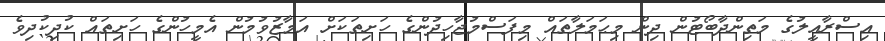
އިސްރާއީލުގެ މަތިންދާބޯޓުން ދިން މިޙަމަލާތައް މިފަސްމުޖާހިދުންގެ ހަށިތަކަށް އަމާޒުވުމުން އެމީހުންގެ ހަށިތައް ކުދިކުދިވެ